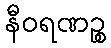
နီဝရဏဉ္စ